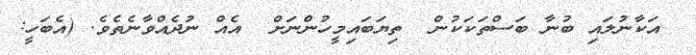
އަކާނުލައި ބުނާ ބަސްތަކަކުން  ތިޔަބައިމީހުންނަށް  އެއް ނުދެއްވާނެތެވެ. (އެބަހީ: